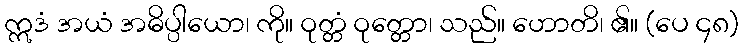
ဣဒံ အယံ အဓိပ္ပါယော၊ ကို။ ဝုတ္တံ ဝုတ္တော၊ သည်။ ဟောတိ၊ ၏။ (ပေ ၄၈)